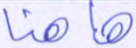
هاهنا